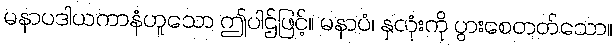
မနာပဒါယကာနံဟူသော ဤပါဌ်ဖြင့်။ မနာပံ၊ နှလုံးကို ပွားစေတတ်သော။